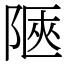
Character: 陿